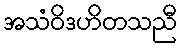
အသံဝိဒဟိတသညီ